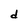
Character: d